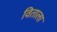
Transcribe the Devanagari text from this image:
विताला